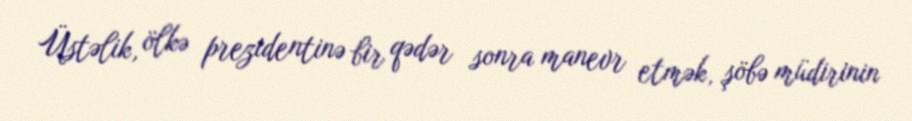
Üstəlik, ölkə prezidentinə bir qədər sonra manevr etmək, şöbə müdirinin